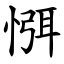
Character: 㥝